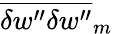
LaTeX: \overline{{{\delta w^{\prime\prime}\delta w^{\prime\prime}}}}_{m}